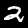
Digit: 2